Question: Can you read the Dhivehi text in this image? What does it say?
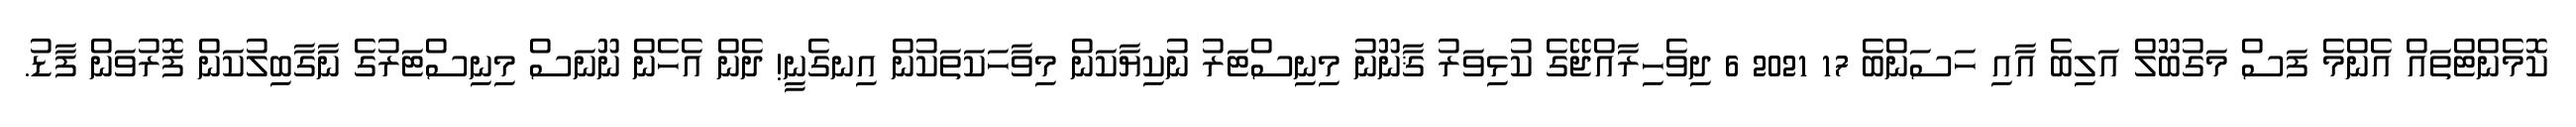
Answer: ކޮމެންޓްތައް އެންމެ ފަސް މަގުބޫލް އަލިބެ އާއި ހަސަންބެ 17 2021 6 ދިވެހިރާއްޖޭގެ ކުޅިވަރު ޤާނޫނު މިނިސްޓަރު ނުކިޔާކަން މިވާހަކަތަކުން އިނގެނީ! ދެން އެހެން ނޫނަސް މިނިސްޓަރުގެ ނާގާބިލުކަން ފޮރުވަން ފާޑު.